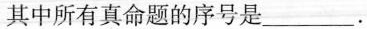
其中所有真命题的序号是___.